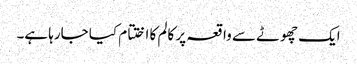
ایک چھوٹے سے واقعہ پر کالم کا اختتام کیا جارہا ہے۔